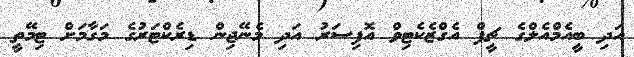
އަދި ބީއެމްއެލްގެ ޗީފް އެގްޒެކެޓިވް އޮފިސަރު އަދި މެނޭޖިން ޑިރެކްޓަރުގެ މަގާމަށް ޓިމޭތީ